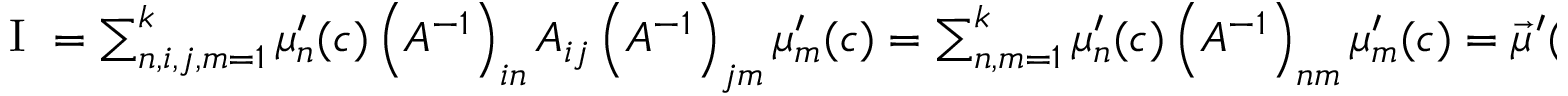
\begin{array} { r } { \mathrm { ~ I ~ } = \sum _ { n , i , j , m = 1 } ^ { k } \mu _ { n } ^ { \prime } ( c ) \left( A ^ { - 1 } \right) _ { i n } A _ { i j } \left( A ^ { - 1 } \right) _ { j m } \mu _ { m } ^ { \prime } ( c ) = \sum _ { n , m = 1 } ^ { k } \mu _ { n } ^ { \prime } ( c ) \left( A ^ { - 1 } \right) _ { n m } \mu _ { m } ^ { \prime } ( c ) = \vec { \mu } ^ { \prime } ( c ) ^ { T } A ^ { - 1 } \vec { \mu } ^ { \prime } ( c ) } \end{array}